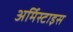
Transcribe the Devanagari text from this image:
अर्मिस्टाइस